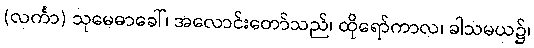
(လင်္ကာ) သုမေဓာခေါ်၊ အလောင်းတော်သည်၊ ထိုရော်ကာလ၊ ခါသမယ၌၊